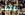
براينت